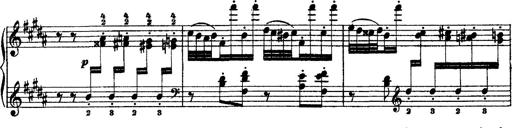
Title: Grandes Ã©tudes de Paganini
Composer: Franz Liszt